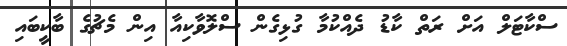
ސްކާޓަލް އަށް ރަތް ކާޑު ދެއްކުމާ ގުޅިގެން ސްލޮވާކިއާ އިން މެޗުގެ ބާކީބައި